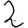
Digit: 2